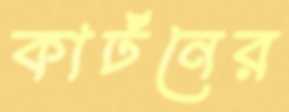
কার্টনের